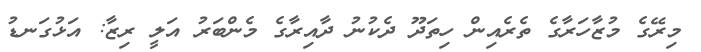
މިރޭގެ މުޒާހަރާގެ ތެރެއިން ހިތަދޫ ދެކުނު ދާއިރާގެ މެންބަރު އަލީ ރިޒާ: އަޅުގަނޑު